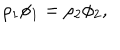
\rho _ { 1 } \phi _ { 1 } = \rho _ { 2 } \phi _ { 2 } ,